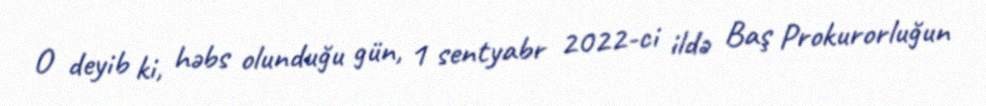
O deyib ki, həbs olunduğu gün, 1 sentyabr 2022-ci ildə Baş Prokurorluğun